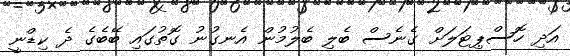
އަދި ހޮސްޕިޓަލަށް ގެނެސް ބެލި ބެލުމުން އެނގުނު ގޮތުގައި ބޭބެގެ ދެ ކިޑްނީ